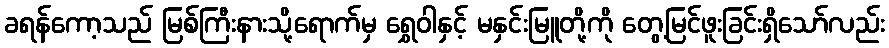
ခရန်ကော့သည် မြစ်ကြီးနားသို့ရောက်မှ ရွှေဝါနှင့် မနှင်းမြူတို့ကို တွေ့မြင်ဖူးခြင်းရှိသော်လည်း